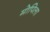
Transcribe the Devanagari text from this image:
मोपिला